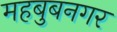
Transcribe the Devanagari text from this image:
महबुबनगर